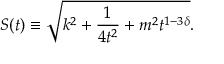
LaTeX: S ( t ) \equiv \sqrt { k ^ { 2 } + \frac { 1 } { 4 t ^ { 2 } } + m ^ { 2 } t ^ { 1 - 3 \delta } } .